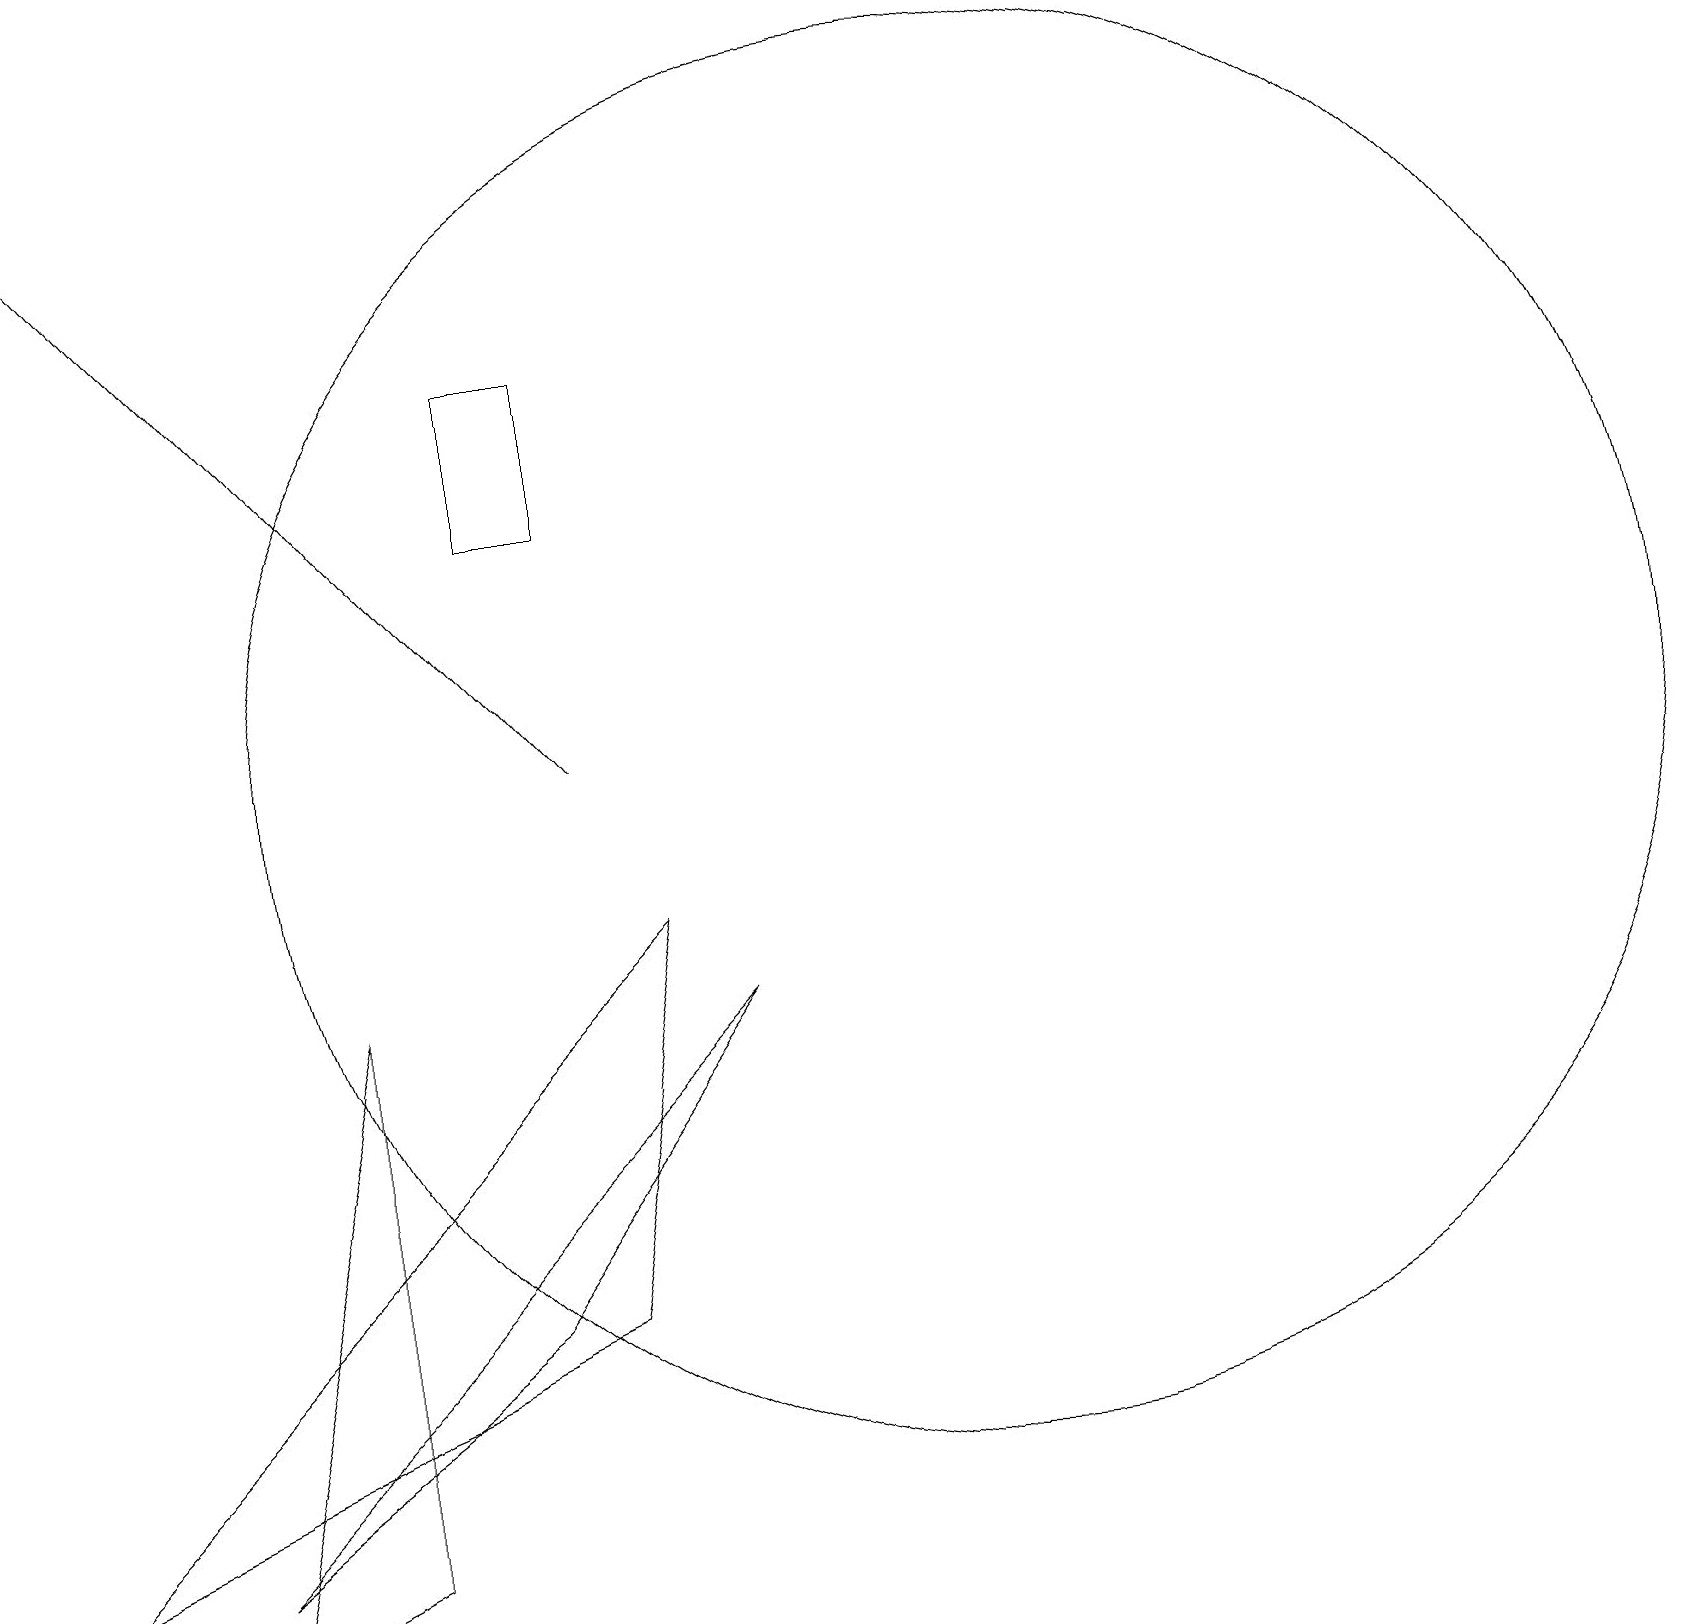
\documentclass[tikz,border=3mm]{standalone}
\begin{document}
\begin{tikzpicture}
\draw (4,8) -- (2,0) -- (4,1) -- cycle;
\draw (6,4) -- (9,8) -- (2,1) -- cycle;
\draw (0,1) -- (7,4) -- (8,9) -- cycle;
\draw[->] (7,11) -- (0,19);
\draw (12,11) circle (9);
\draw (7,14) rectangle (6,16);
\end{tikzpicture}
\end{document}